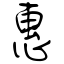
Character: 惠